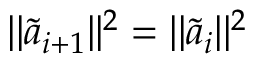
| | \widetilde { \boldsymbol { a } } _ { i + 1 } | | ^ { 2 } = | | \widetilde { \boldsymbol { a } } _ { i } | | ^ { 2 }